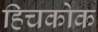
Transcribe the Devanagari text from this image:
हिचकोक